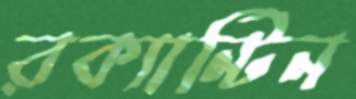
রক্যান্টিন